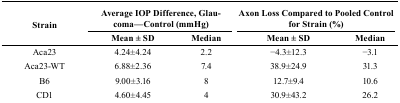
| <ROWSPAN=2> Strain | <COLSPAN=2> Average IOP Difference, Glaucoma—Control (mmHg) | <COLSPAN=2> Axon Loss Compared to Pooled Control for Strain (%) |
 | Mean ± SD | Median | Mean ± SD | Median |
 | --- | --- | --- | --- | --- |
 | Aca23 | 4.24±4.24 | 2.2 | −4.3±12.3 | −3.1 |
 | Aca23-WT | 6.88±2.36 | 7.4 | 38.9±24.9 | 31.3 |
 | B6 | 9.00±3.16 | 8 | 12.7±9.4 | 10.6 |
 | CD1 | 4.60±4.45 | 4 | 30.9±43.2 | 26.2 |